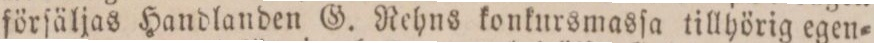
förſäljas Handlanden G. Rehns konkursmasſa tillhörig egen=